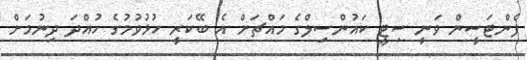
ފެންޓަސީން ވަނީ ސިޓީ ކައުންސިލްގެ މައްޗަށް އެ ބޭކަރީ ހުޅުވުމުގެ ހުއްދަ ދިނުމަށް